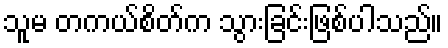
သူမ တကယ်စိတ်က သွားခြင်းဖြစ်ပါသည်။